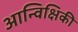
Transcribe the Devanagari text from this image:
आन्विक्षिकी